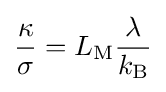
{\frac {\kappa }{\sigma }}=L_{\text{M}}{\frac {\lambda }{k_{\rm {B}}}}